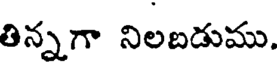
తిన్నగా నిలబడుము.